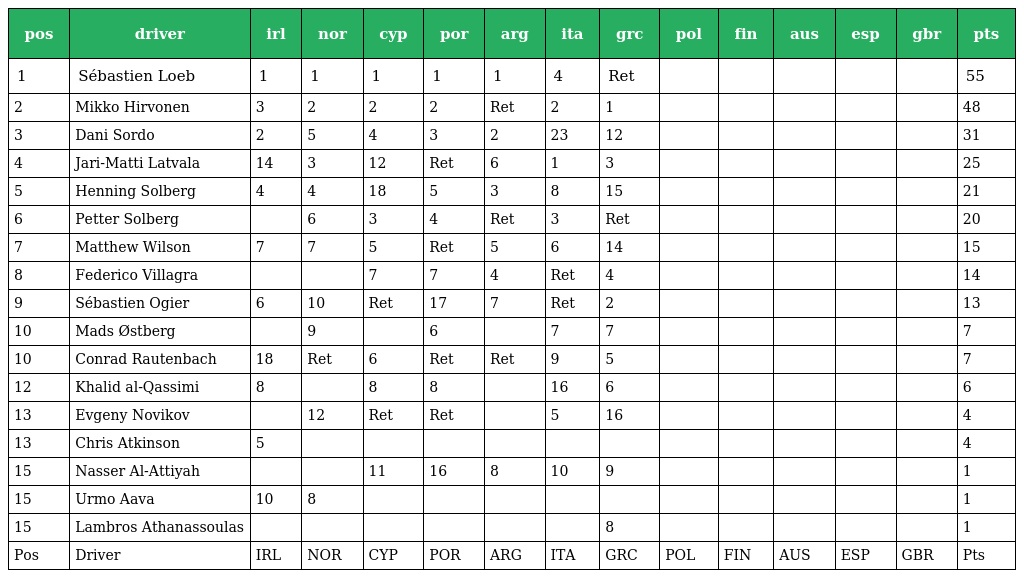
| pos | driver | irl | nor | cyp | por | arg | ita | grc | pol | fin | aus | esp | gbr | pts |
 | --- | --- | --- | --- | --- | --- | --- | --- | --- | --- | --- | --- | --- | --- | --- |
 | 1 | Sébastien Loeb | 1 | 1 | 1 | 1 | 1 | 4 | Ret |  |  |  |  |  | 55 |
 | 2 | Mikko Hirvonen | 3 | 2 | 2 | 2 | Ret | 2 | 1 |  |  |  |  |  | 48 |
 | 3 | Dani Sordo | 2 | 5 | 4 | 3 | 2 | 23 | 12 |  |  |  |  |  | 31 |
 | 4 | Jari-Matti Latvala | 14 | 3 | 12 | Ret | 6 | 1 | 3 |  |  |  |  |  | 25 |
 | 5 | Henning Solberg | 4 | 4 | 18 | 5 | 3 | 8 | 15 |  |  |  |  |  | 21 |
 | 6 | Petter Solberg |  | 6 | 3 | 4 | Ret | 3 | Ret |  |  |  |  |  | 20 |
 | 7 | Matthew Wilson | 7 | 7 | 5 | Ret | 5 | 6 | 14 |  |  |  |  |  | 15 |
 | 8 | Federico Villagra |  |  | 7 | 7 | 4 | Ret | 4 |  |  |  |  |  | 14 |
 | 9 | Sébastien Ogier | 6 | 10 | Ret | 17 | 7 | Ret | 2 |  |  |  |  |  | 13 |
 | 10 | Mads Østberg |  | 9 |  | 6 |  | 7 | 7 |  |  |  |  |  | 7 |
 | 10 | Conrad Rautenbach | 18 | Ret | 6 | Ret | Ret | 9 | 5 |  |  |  |  |  | 7 |
 | 12 | Khalid al-Qassimi | 8 |  | 8 | 8 |  | 16 | 6 |  |  |  |  |  | 6 |
 | 13 | Evgeny Novikov |  | 12 | Ret | Ret |  | 5 | 16 |  |  |  |  |  | 4 |
 | 13 | Chris Atkinson | 5 |  |  |  |  |  |  |  |  |  |  |  | 4 |
 | 15 | Nasser Al-Attiyah |  |  | 11 | 16 | 8 | 10 | 9 |  |  |  |  |  | 1 |
 | 15 | Urmo Aava | 10 | 8 |  |  |  |  |  |  |  |  |  |  | 1 |
 | 15 | Lambros Athanassoulas |  |  |  |  |  |  | 8 |  |  |  |  |  | 1 |
 | Pos | Driver | IRL | NOR | CYP | POR | ARG | ITA | GRC | POL | FIN | AUS | ESP | GBR | Pts |